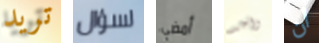
تريد لسؤال أمضي واحد ان